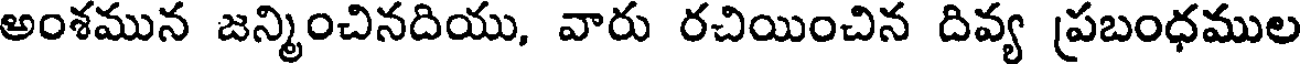
అంశమున జన్మించినదియు, వారు రచియించిన దివ్య ప్రబంధముల